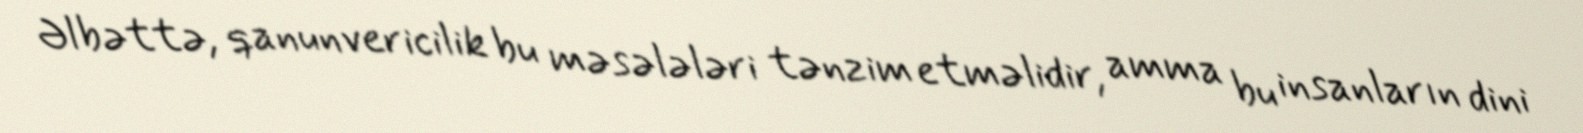
Əlbəttə, qanunvericilik bu məsələləri tənzim etməlidir, amma bu insanların dini